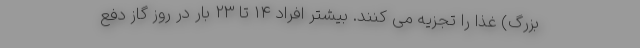
بزرگ) غذا را تجزیه می کنند. بیشتر افراد 14 تا 23 بار در روز گاز دفع